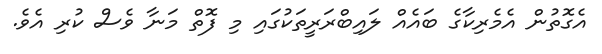
އެގޮތުން އެމެރިކާގެ ބައެއް ލައިބްރަރީތަކުގައި މި ފޮތް މަނާ ވެސް ކުރި އެވެ.